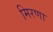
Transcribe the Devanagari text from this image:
मिरणा